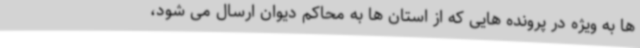
ها به ویژه در پرونده هایی که از استان ها به محاکم دیوان ارسال می شود،